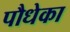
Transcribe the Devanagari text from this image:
पौधेका